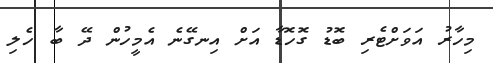
މިހާރު އަވަށްޓެރި ބޮޑު ގޮހޮޑާ އަށް އިނގޭނެ އެމީހުން ދޭ ބާ ހެލި